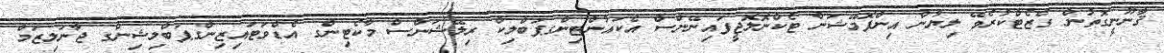
ޤާނޫނީގޮތުން ގެޒެޓްކުރެވޭ ލިޔުން އިންފޮމޭޝަން ޓެކްނޮލޮޖީފައިނޭންސް އެކައުންޓިންގޕަބްލިކް ރިލޭޝަންސް މާކެޓިންގ އެޑްވަޓައިޒިންގޕަބްލިޝިންގ ޖާނަލިޒަމް